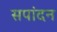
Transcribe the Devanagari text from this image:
सपांदन